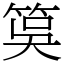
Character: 筽